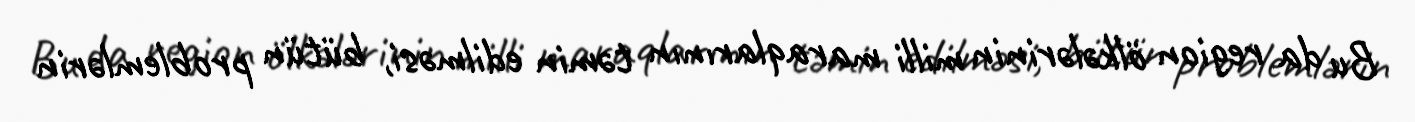
Bu da region ölkələrinin milli maraqlarının təmin edilməsi, bütün problemlərin